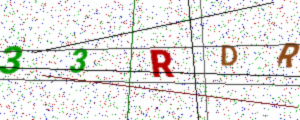
Text: 33RDR